38_143685_box7_Incident_Summaries_1-100
Agency: Department of War
Page 81
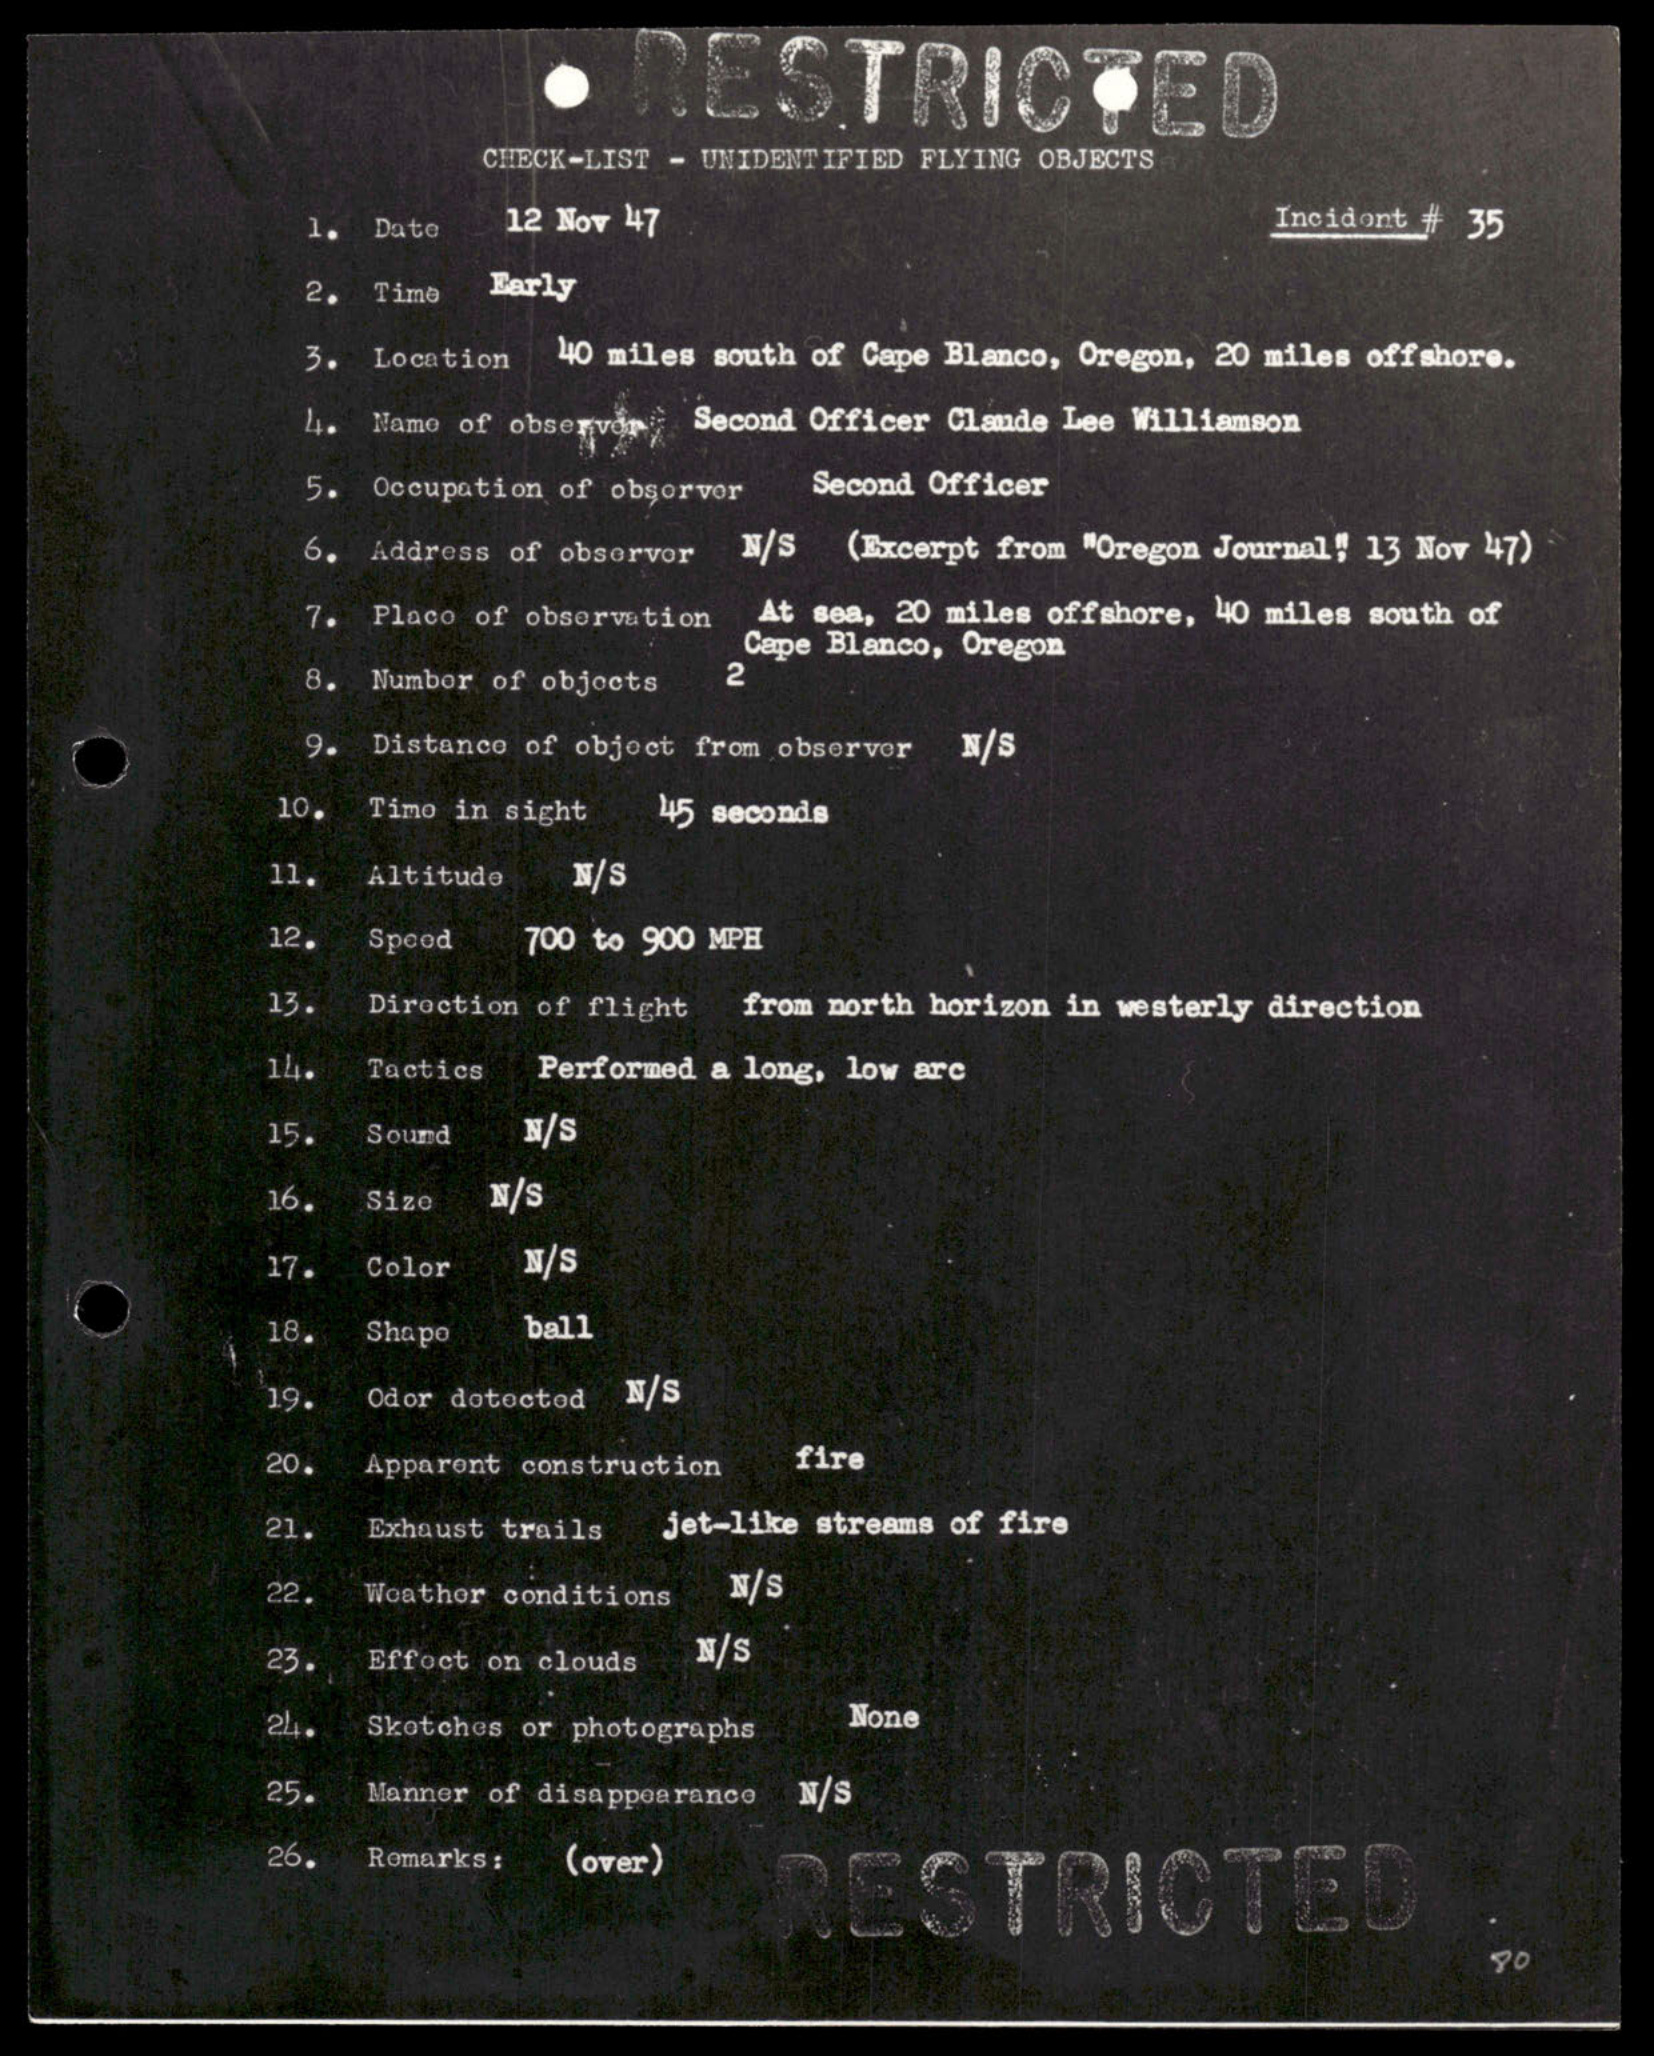